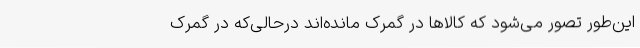
این‌طور تصور می‌شود که کالاها در گمرک مانده‌اند درحالی‌که در گمرک